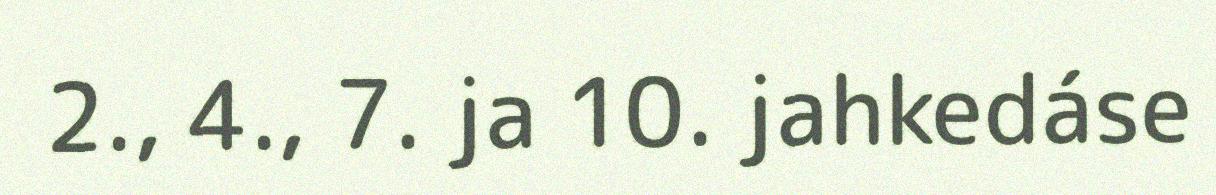
2., 4., 7. ja 10. jahkedáse